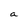
Character: a